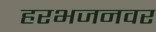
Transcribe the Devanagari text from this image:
हरभजनवर